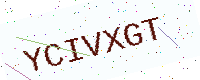
Text: YCIVXGT